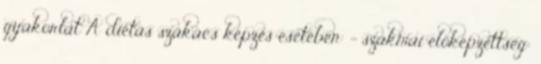
gyakorlat A diétás szakács képzés esetében: - szakmai előképzettség: